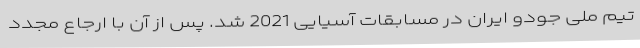
تیم ملی جودو ایران در مسابقات آسیایی 2021 شد. پس از آن با ارجاع مجدد